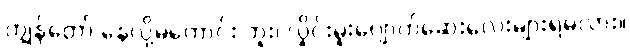
ကျွန်တော် နေလို့မကောင်း ဘူး၊ လှိုင်းမူးပျောက်ဆေးလေးများရမလား။